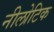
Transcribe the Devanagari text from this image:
नीलोटिक